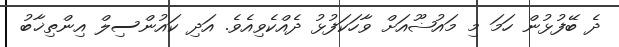
ދެ ބޭފުޅުން ހަމަ މި މައުޟޫއަށް ވާހަކަފުޅު ދެއްކެވިއެވެ. އަދި ކައުންސިލް އިންތިޚާބު